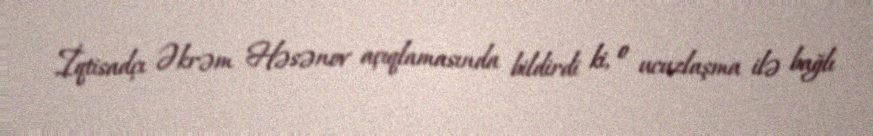
İqtisadçı Əkrəm Həsənov açıqlamasında bildirdi ki, o ucuzlaşma ilə bağlı